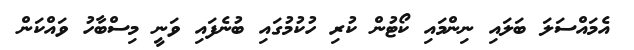
އެމައްސަލަ ބަލައި ނިންމައި ކޯޓުން ކުރި ހުކުމުގައި ބުނެފައި ވަނީ މިސްބާހު ވައްކަން